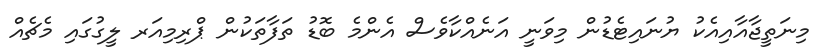
މިނަތީޖާއާއިއެކު ޔުނައިޓެޑުން މިވަނީ އަނެއްކާވެސް އެންމެ ބޮޑު ތަފާތަކުން ޕްރިމިއަރ ލީގުގައި މެޗެއް